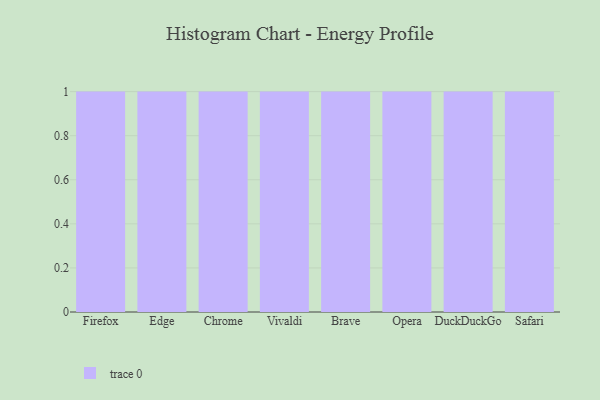
{"axis": {"x": "Browser", "y": "Revenue (USD Million)"}, "legend": [""], "data": [{"x": "Firefox", "y": 82, "type": ""}, {"x": "Edge", "y": 98, "type": ""}, {"x": "Chrome", "y": 20, "type": ""}, {"x": "Vivaldi", "y": 51, "type": ""}, {"x": "Brave", "y": 41, "type": ""}, {"x": "Opera", "y": 8, "type": ""}, {"x": "DuckDuckGo", "y": 80, "type": ""}, {"x": "Safari", "y": 75, "type": ""}]}